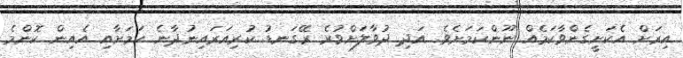
އިރަށް އެކަށީގެންވާކަމެއް ނޫންކަމަށެވެ. އަދި ދުވާލަށްވުރެ ރޭގަނޑު ކުރިއަރައިނުދާނެ ކަމަށާއި އެއިން ކޮންމެ